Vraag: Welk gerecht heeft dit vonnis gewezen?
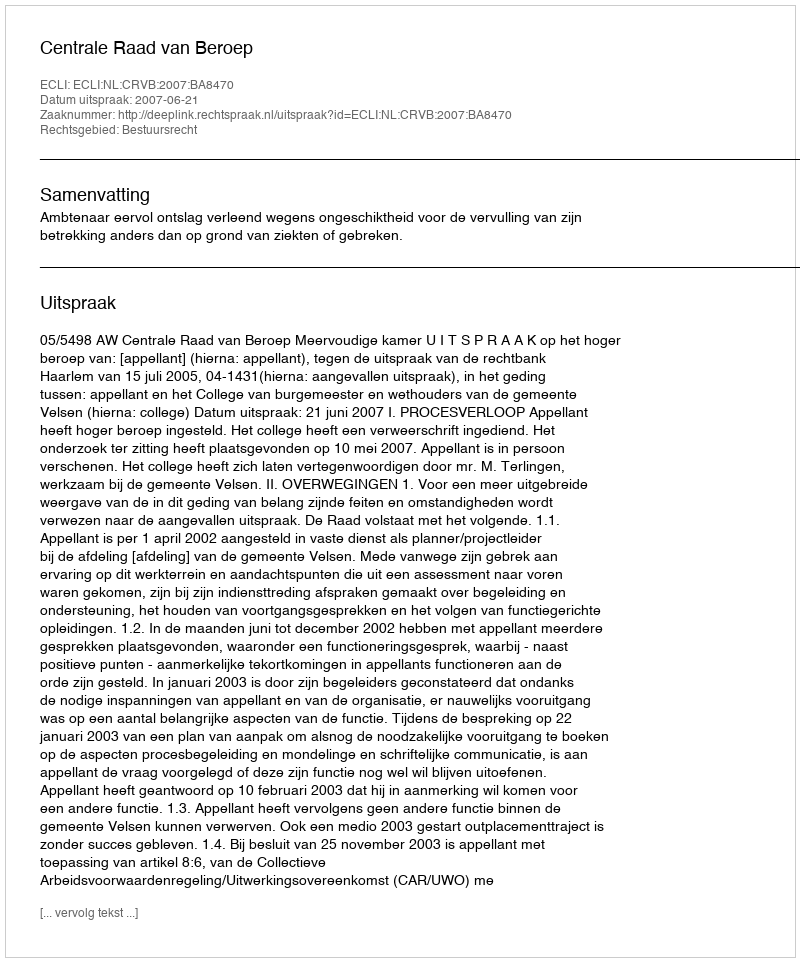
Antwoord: Centrale Raad van Beroep